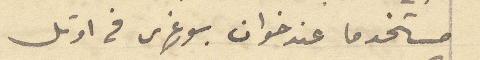
مستخدما عند خوان بورغس في اوتل